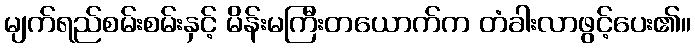
မျက်ရည်စမ်းစမ်းနှင့် မိန်းမကြီးတယောက်က တံခါးလာဖွင့်ပေး၏။